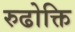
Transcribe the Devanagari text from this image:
रुढोक्ति